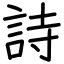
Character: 詩